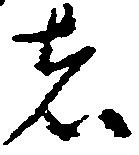
者